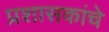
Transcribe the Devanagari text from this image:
प्रशासकांचे